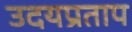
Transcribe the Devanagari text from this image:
उदयप्रताप